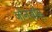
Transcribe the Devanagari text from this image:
जोनसॉन